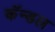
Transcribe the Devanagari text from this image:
कॅन्डल